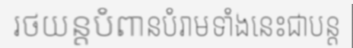
រថយន្តបំពានបំរាមទាំងនេះជាបន្ត